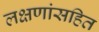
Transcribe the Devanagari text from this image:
लक्षणांसहित